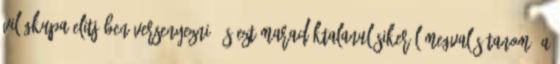
világkupa elitjében versenyezni, és ezt maradéktalanul sikerül megvalósítanom. A